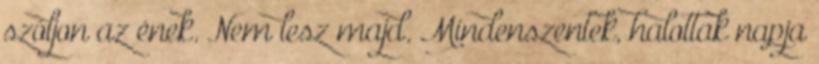
szóljon az ének. Nem lesz majd. Mindenszentek, halottak napja